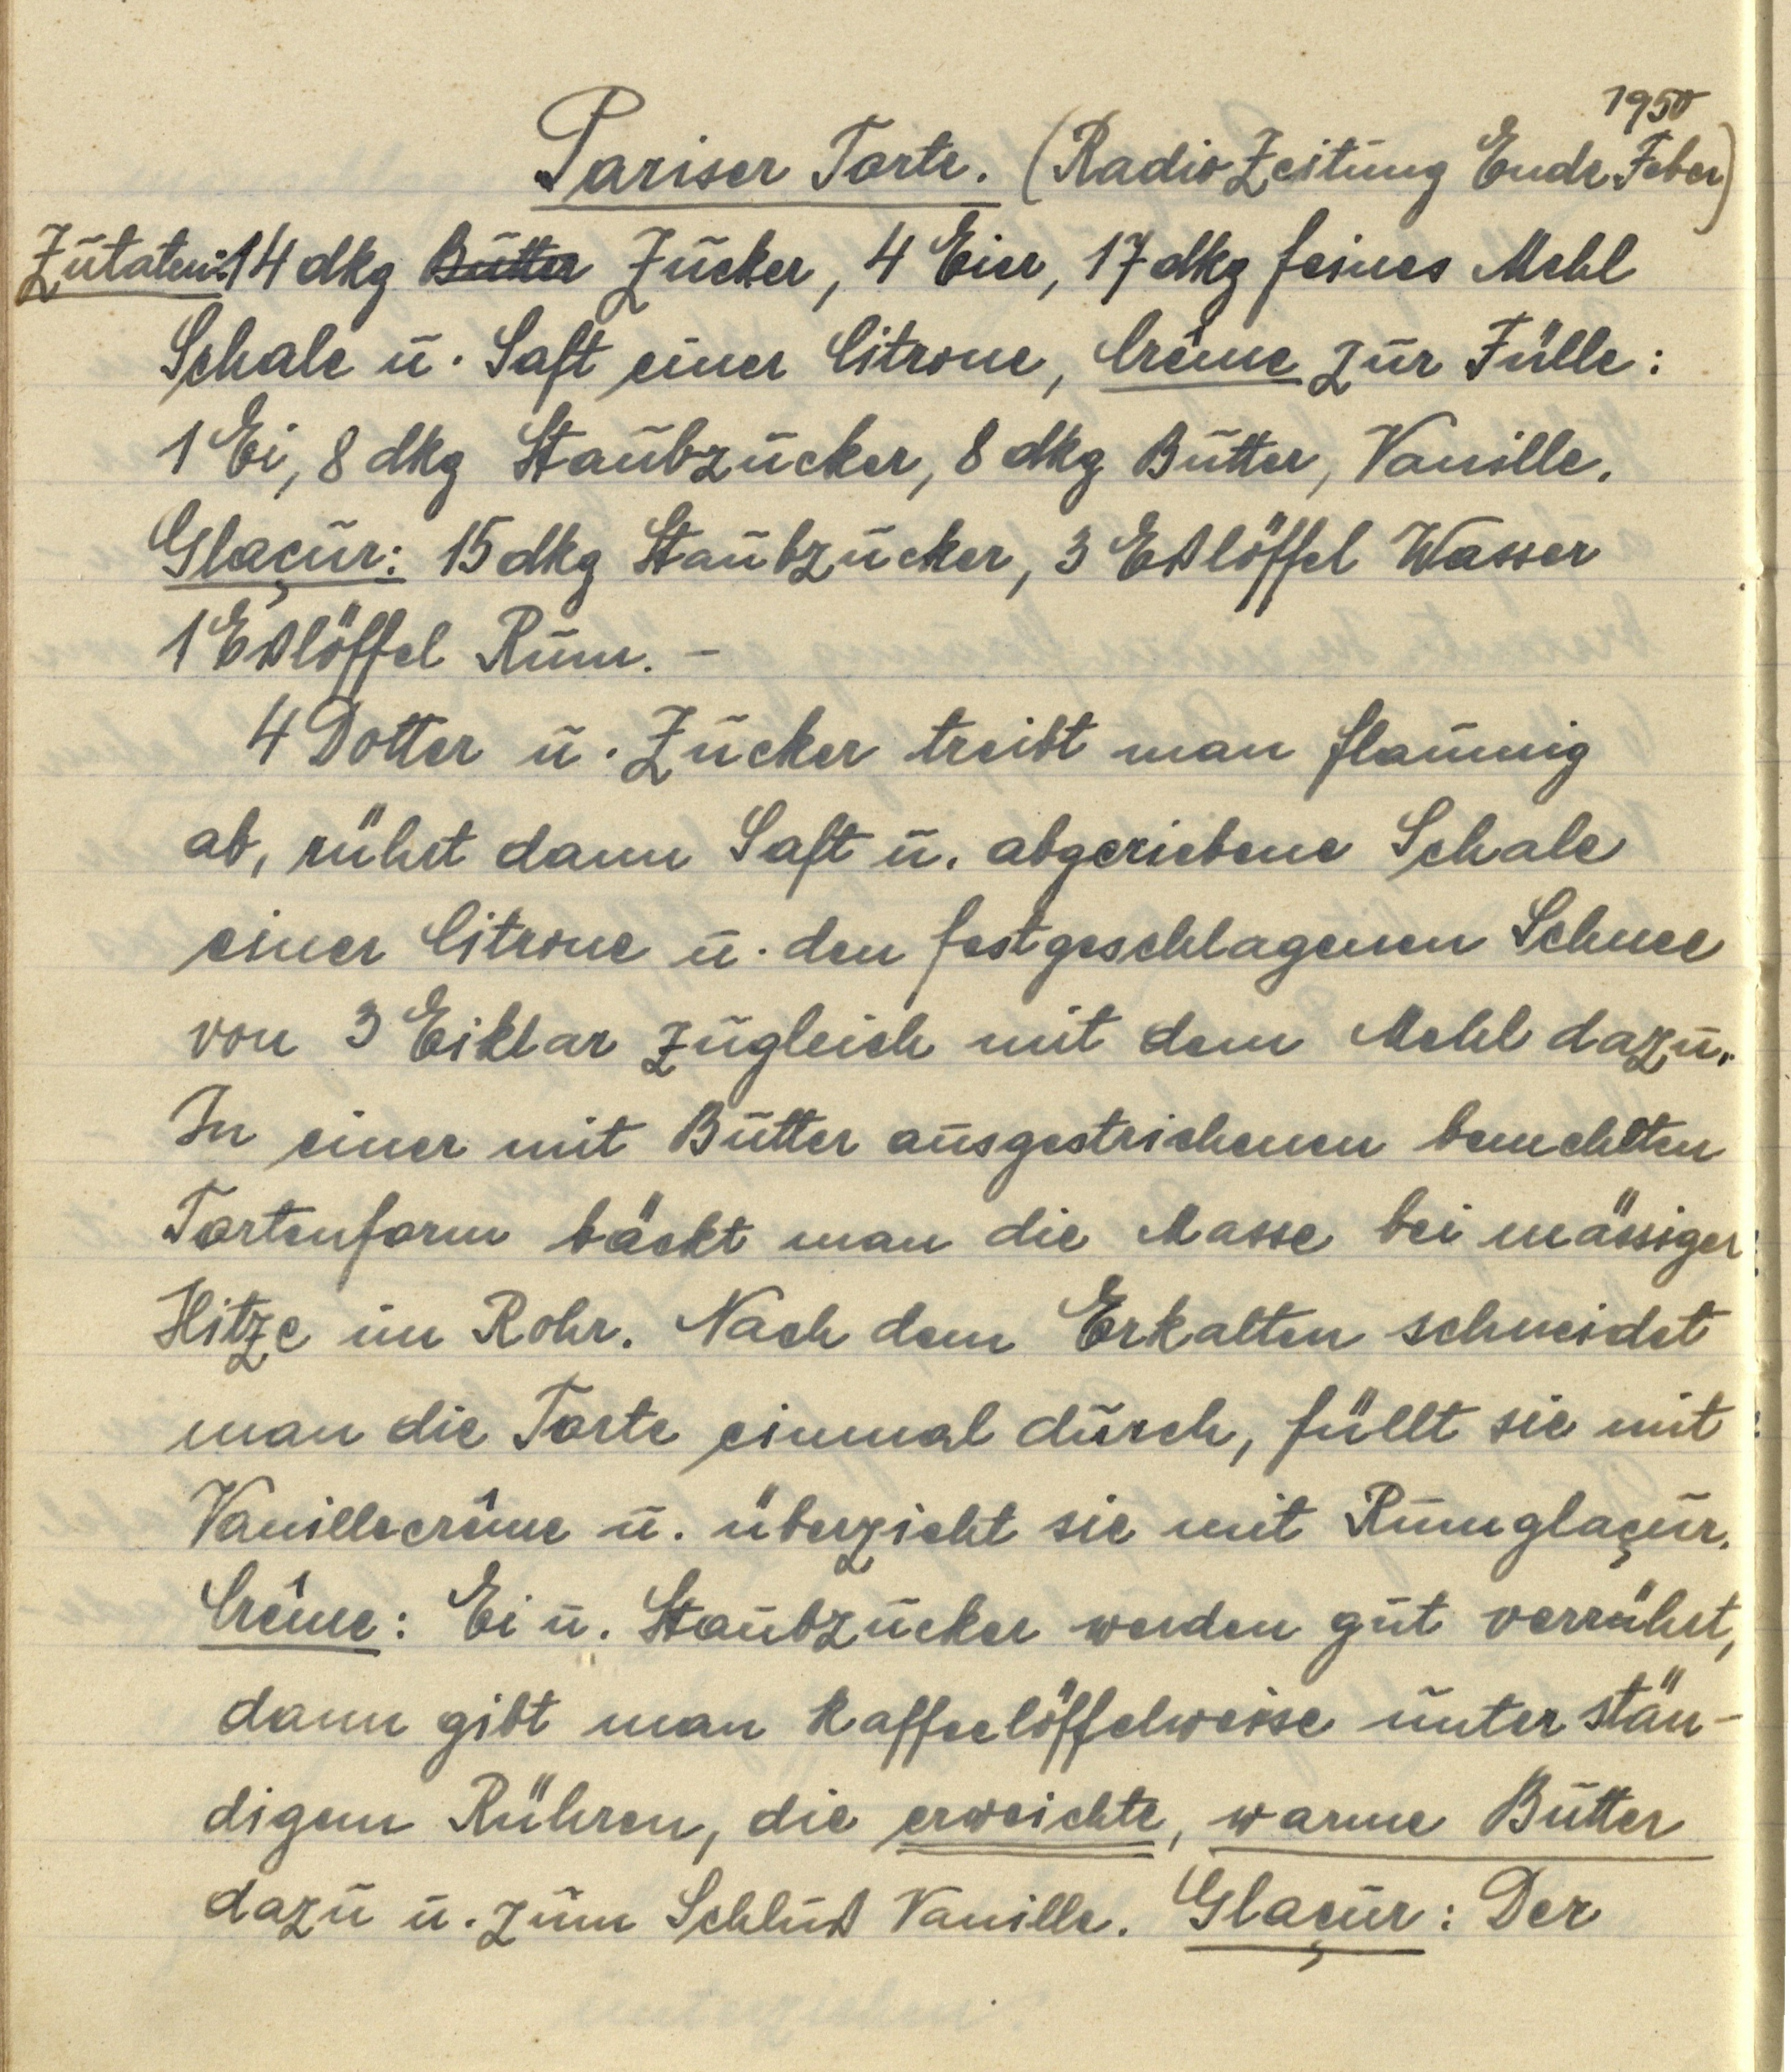
Pariser Torte. (Radio Zeitung Ende Feber 1950)
Zutaten: 14 dkg Butter Zucker, 4 Eier, 17 dkg feines Mehl
Schale u. Saft einer Citrone, Crême zur Fülle:
1 Ei, 8 dkg Staubzucker, 8 dkg Butter, Vanille.
Glaçur: 15 dkg Staubzucker, 3 Eßlöffel Wasser
1 Eßlöffel Rum. —
4 Dotter u. Zucker treibt man flaumig
ab, rührt dann Saft u. abgeriebene Schale
einer Citrone u. den festgeschlagenen Schnee
von 3 Eiklar zugleich mit dem Mehl dazu.
In einer mit Butter ausgestrichenen bemehlten
Tortenform bäckt man die Masse bei mässiger
Hitze im Rohr. Nach dem Erkalten schneidet
man die Torte einmal durch, füllt sie mit
Vanillecrême u. überzeiht sie mit Rumglaçur.
Crême: Ei u. Staubzucker werden gut verrührt,
dann gibt man kaffeelöffelweise unter stän¬
digem Rühren, die erweichte, warme Butter
dazu u. zum Schluß Vanille. Glaçur: Der